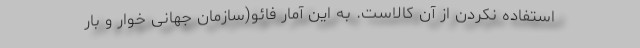
استفاده نکردن از آن کالاست. به این آمار فائو(سازمان جهانی خوار و بار